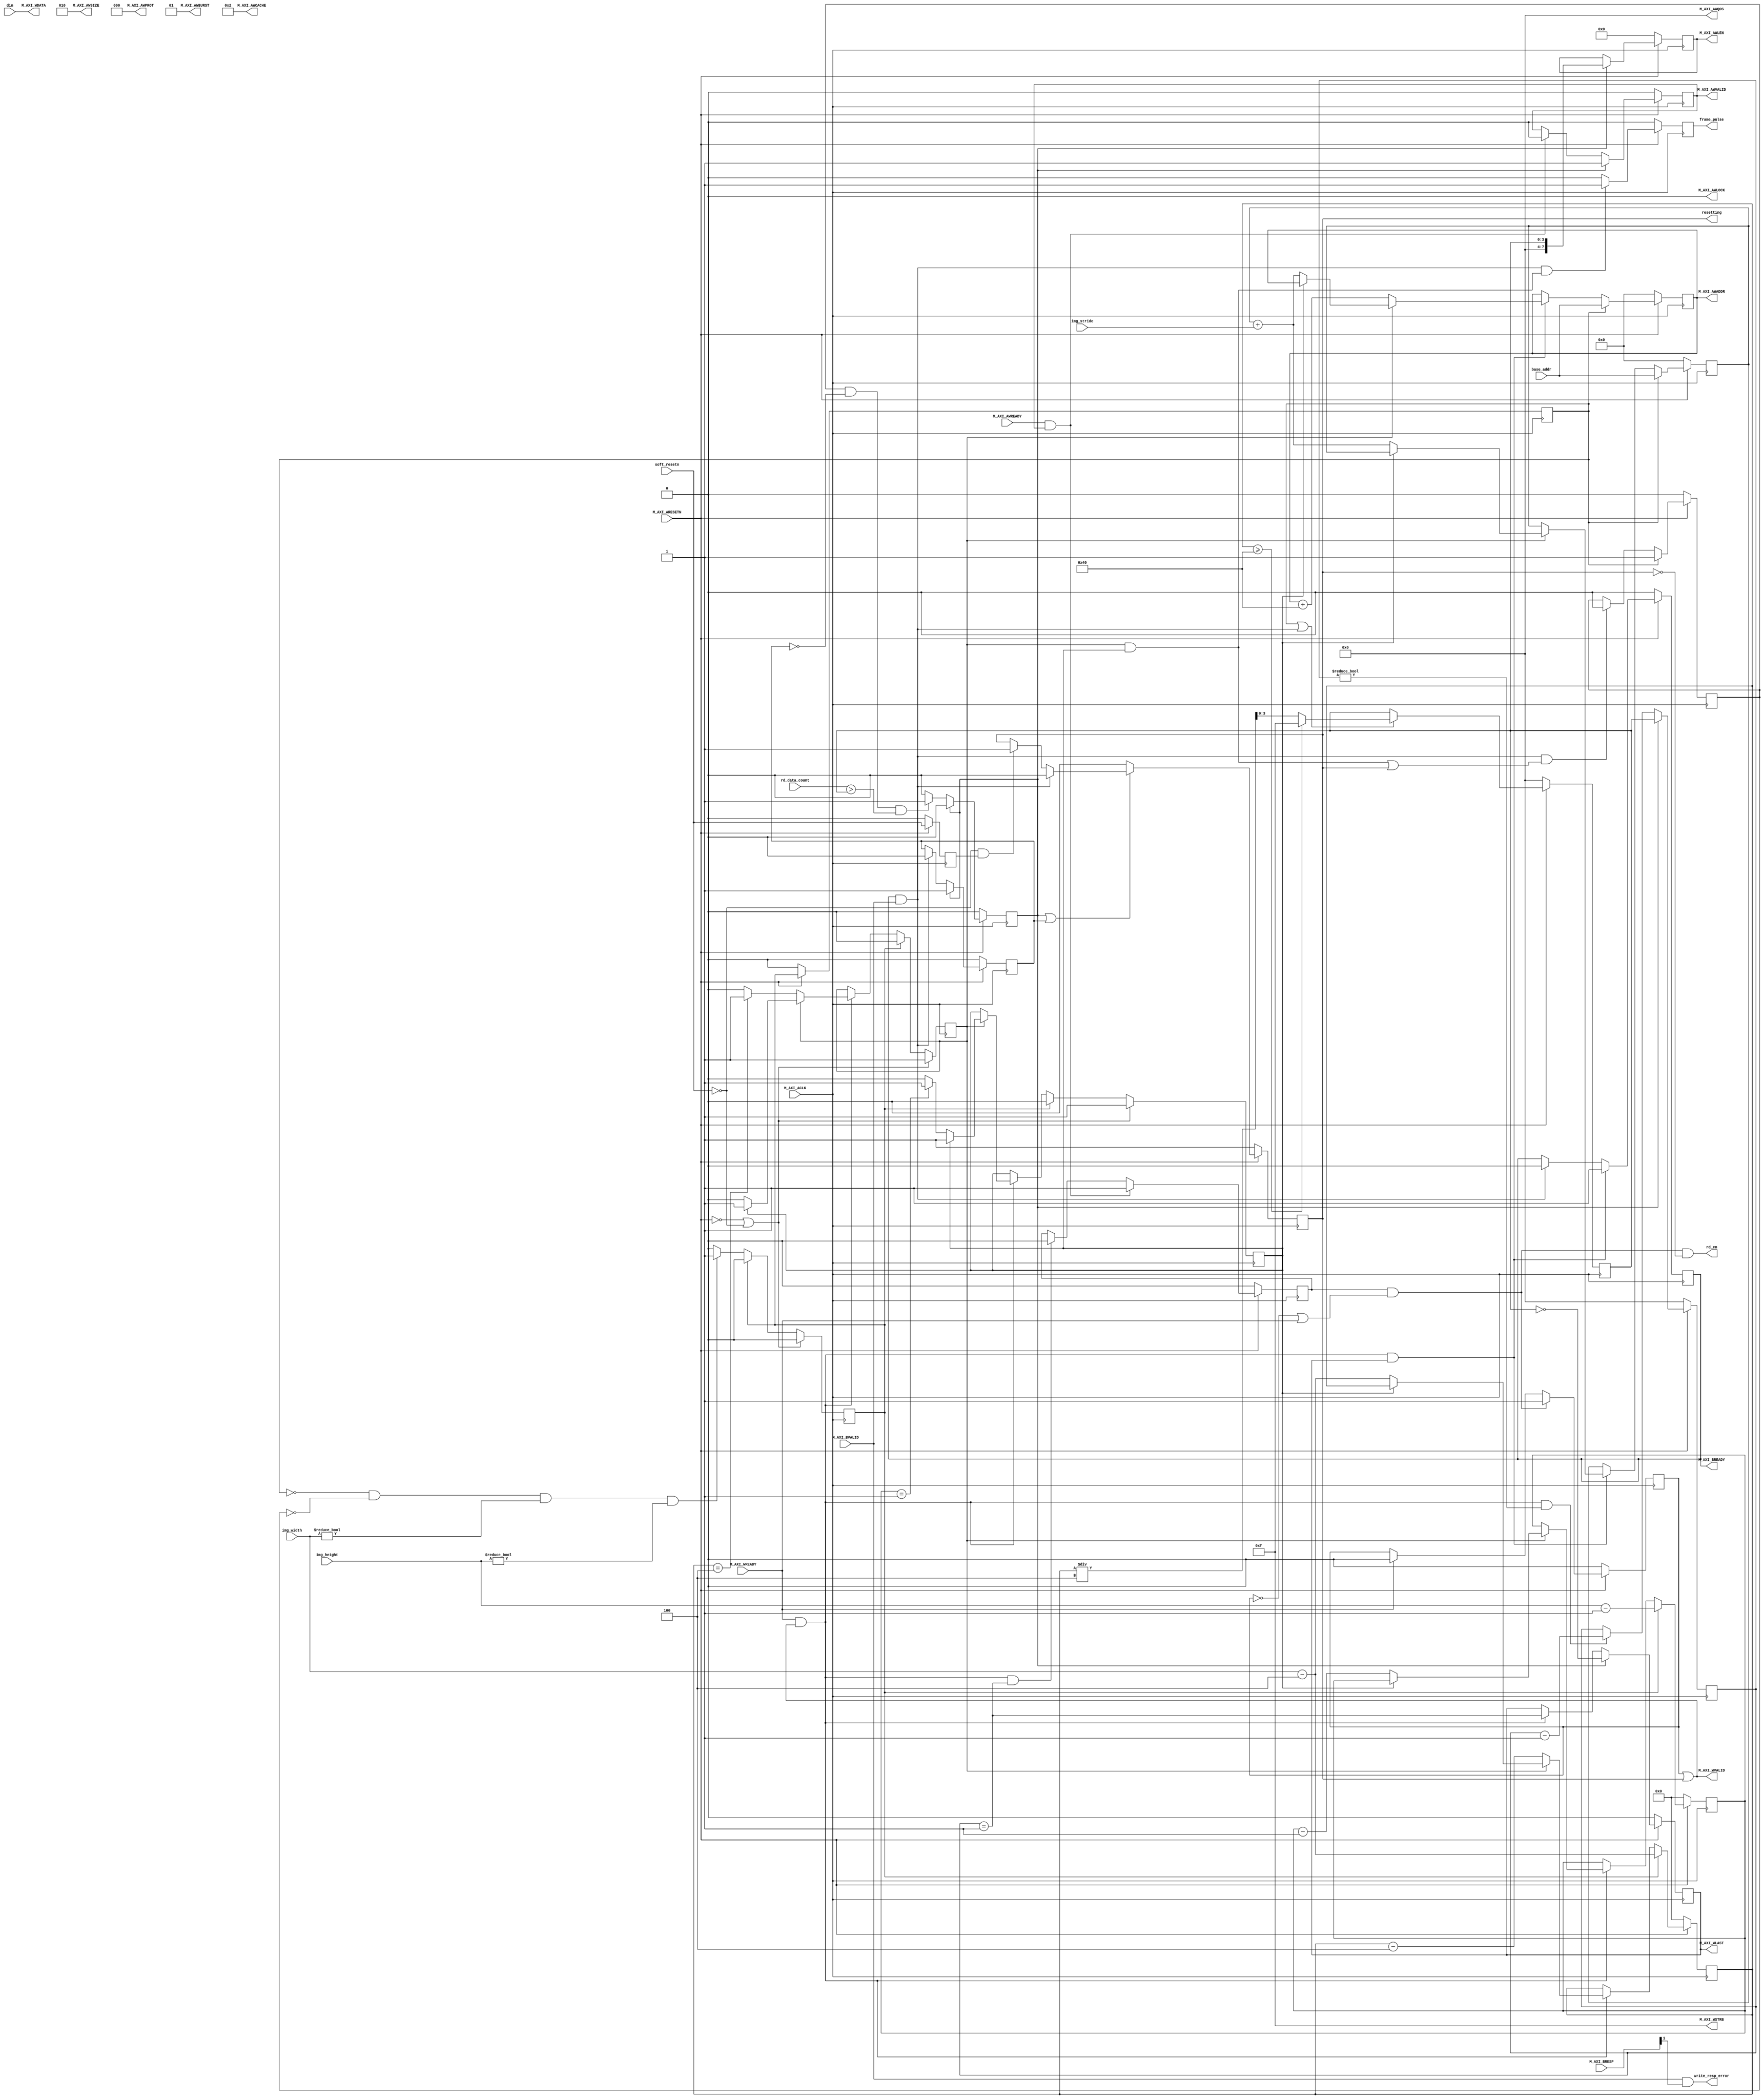
module FIFO2MM_adv #
(
	parameter integer C_DATACOUNT_BITS = 12,
	// Burst Length. Supports 1, 2, 4, 8, 16, 32, 64, 128, 256 burst lengths
	parameter integer C_M_AXI_BURST_LEN	= 16,
	// Width of Address Bus
	parameter integer C_M_AXI_ADDR_WIDTH	= 32,
	// Width of Data Bus
	parameter integer C_M_AXI_DATA_WIDTH	= 32,
	// Image width/height pixel number bits
	parameter integer C_IMG_WBITS = 12,
	parameter integer C_IMG_HBITS = 12,
	parameter integer C_ADATA_PIXELS = 4
)
(
	input wire soft_resetn,
	output wire resetting,
	input wire [C_IMG_WBITS-1:0] img_width,
	input wire [C_IMG_HBITS-1:0] img_height,
	input wire [C_M_AXI_ADDR_WIDTH-1:0] img_stride,
	//input wire sof,
	input wire [C_M_AXI_DATA_WIDTH-1 : 0] din,
	//input wire empty,
	output wire rd_en,
	input wire [C_DATACOUNT_BITS-1:0] rd_data_count,
	output wire frame_pulse,
	input wire [C_M_AXI_ADDR_WIDTH-1 : 0] base_addr,
	input wire  M_AXI_ACLK,
	input wire  M_AXI_ARESETN,
	output wire [C_M_AXI_ADDR_WIDTH-1 : 0] M_AXI_AWADDR,
	output wire [7 : 0] M_AXI_AWLEN,
	output wire [2 : 0] M_AXI_AWSIZE,
	output wire [1 : 0] M_AXI_AWBURST,
	output wire M_AXI_AWLOCK,
	output wire [3 : 0] M_AXI_AWCACHE,
	output wire [2 : 0] M_AXI_AWPROT,
	output wire [3 : 0] M_AXI_AWQOS,
	output wire M_AXI_AWVALID,
	input wire  M_AXI_AWREADY,
	output wire [C_M_AXI_DATA_WIDTH-1 : 0] M_AXI_WDATA,
	output wire [C_M_AXI_DATA_WIDTH/8-1 : 0] M_AXI_WSTRB,
	output wire M_AXI_WLAST,
	output wire M_AXI_WVALID,
	input wire  M_AXI_WREADY,
	input wire [1 : 0] M_AXI_BRESP,
	input wire  M_AXI_BVALID,
	output wire  M_AXI_BREADY,
	output wire write_resp_error
);
	// 1 -> 1, 2 -> 2, 3 -> 2, 4 -> 3
	function integer clogb2 (input integer bit_depth);
	begin
		for(clogb2=0; bit_depth>0; clogb2=clogb2+1)
			bit_depth = bit_depth >> 1;
	end
	endfunction
	// C_TRANSACTIONS_NUM is the width of the index counter for
	// number of write or read transaction.
	localparam integer C_TRANSACTIONS_NUM	= clogb2(C_M_AXI_BURST_LEN-1);
	//Burst size in bytes
	localparam integer C_BURST_SIZE_BYTES	= C_M_AXI_BURST_LEN * C_M_AXI_DATA_WIDTH/8;
	// @note: do not cause bursts across 4K address boundaries.
	reg [C_M_AXI_ADDR_WIDTH-1 : 0] 	axi_awaddr;
	reg [7:0] axi_awlen;
	reg	axi_awvalid;
	reg	axi_wlast;
	reg     axi_bready;
	//write beat count in a burst
	reg [C_TRANSACTIONS_NUM-1 : 0] 	write_index;
	reg	sob_d0;	// start burst pulse
	reg	sob_d1;
	reg	burst_active;
	wire    burst_done;
	wire	wnext;
	reg	need_data;
	reg	r_dvalid;
 	reg [C_IMG_WBITS-1:0] r_img_col_idx;
 	reg [C_IMG_HBITS-1:0] r_img_row_idx;
	reg end_of_col;
	reg end_of_row;
	wire final_data;
	assign final_data = (end_of_col && end_of_row);
	reg [C_TRANSACTIONS_NUM-1:0] next_burst_len;
	assign wnext = M_AXI_WREADY & M_AXI_WVALID;
	assign burst_done = M_AXI_BVALID && M_AXI_BREADY;
	///  resetting
	reg soft_resetn_d1;
	always @ (posedge M_AXI_ACLK) begin
		if (M_AXI_ARESETN == 1'b0) soft_resetn_d1 <= 1'b0;
		else soft_resetn_d1 <= soft_resetn;
	end
	reg r_soft_resetting;
	assign resetting = r_soft_resetting;
	always @ (posedge M_AXI_ACLK) begin
		if (M_AXI_ARESETN == 1'b0)
			r_soft_resetting <= 1'b1;
		else if (~(sob_d0 | burst_active))
			r_soft_resetting <= 1'b0;
		else if (burst_done)
			r_soft_resetting <= 1'b0;
		else if (~soft_resetn && soft_resetn_d1)	/// soft_resetn_negedge
			r_soft_resetting <= 1'b1;
	end
	// I/O Connections assignments
	reg r_frame_pulse;
	assign frame_pulse = r_frame_pulse;
	always @ (posedge M_AXI_ACLK) begin
		if (M_AXI_ARESETN == 0)
			r_frame_pulse <= 1'b0;
		else if (burst_done && final_data)
			r_frame_pulse <= 1'b1;
		else
			r_frame_pulse <= 1'b0;
	end
	wire try_read_en;
	assign try_read_en = need_data && (~r_dvalid | M_AXI_WREADY);
	assign rd_en	   = try_read_en && ~resetting;
	always @(posedge M_AXI_ACLK) begin
		if (M_AXI_ARESETN == 0)
			r_dvalid <= 1'b0;
		else if (try_read_en)
			r_dvalid <= 1'b1;
		else if (M_AXI_WREADY)
			r_dvalid <= 1'b0;
	end
	assign M_AXI_AWADDR	= axi_awaddr;
	assign M_AXI_AWLEN	= axi_awlen;
	assign M_AXI_AWSIZE	= clogb2((C_M_AXI_DATA_WIDTH/8)-1);
	//INCR burst type is usually used, except for keyhole bursts
	assign M_AXI_AWBURST	= 2'b01;
	assign M_AXI_AWLOCK	= 1'b0;
	//write response must be sended by terminal device, i.e. memory or its' controller
	assign M_AXI_AWCACHE	= 4'b0010;
	assign M_AXI_AWPROT	= 3'h0;
	assign M_AXI_AWQOS	= 4'h0;
	assign M_AXI_AWVALID	= axi_awvalid;
	//Write Data(W)
	assign M_AXI_WDATA	= din;
	//All bursts are complete and aligned
	assign M_AXI_WSTRB	= {(C_M_AXI_DATA_WIDTH/8){1'b1}};
	assign M_AXI_WLAST	= axi_wlast;
	assign M_AXI_WVALID	= r_dvalid | r_soft_resetting;
	//Write Response (B)
	assign M_AXI_BREADY	= axi_bready;
	always @ (posedge M_AXI_ACLK) begin
		if (M_AXI_ARESETN == 1'b0)
			axi_bready <= 1'b0;
		else if (wnext && axi_wlast)
			axi_bready <= 1'b1;
		else if (axi_bready && M_AXI_BVALID)
			axi_bready <= 1'b0;
	end
	//--------------------
	//Write Address Channel
	//--------------------
	always @(posedge M_AXI_ACLK) begin
		if (M_AXI_ARESETN == 0)
			axi_awvalid <= 1'b0;
		else if (sob_d0)
			axi_awvalid <= 1'b1;
		else if (M_AXI_AWREADY && axi_awvalid)
			axi_awvalid <= 1'b0;
	end
	always @(posedge M_AXI_ACLK) begin
		if (M_AXI_ARESETN == 0)
			axi_awlen <= 0;
		else if (sob_d0)
			axi_awlen <= next_burst_len;
	end
	reg [C_M_AXI_ADDR_WIDTH-1:0] line_addr;
	always @(posedge M_AXI_ACLK) begin
		if (M_AXI_ARESETN == 0) begin
			line_addr <= 0;
			axi_awaddr <= 0;
		end
		else if (sof_d1) begin
			line_addr <= base_addr;
			axi_awaddr <= base_addr;
		end
		else if (wnext && axi_wlast) begin
			if (~end_of_col) begin
				axi_awaddr <= axi_awaddr + C_M_AXI_BURST_LEN * C_M_AXI_DATA_WIDTH / 8;
			end
			else if (~end_of_row) begin
				line_addr <= line_addr + img_stride;
				axi_awaddr <= line_addr + img_stride;
			end
		end
	end
	//--------------------
	//Write Data Channel
	//--------------------
	always @(posedge M_AXI_ACLK) begin
		if (M_AXI_ARESETN == 0)
			need_data <= 1'b0;
		else if (M_AXI_AWREADY && M_AXI_AWVALID)
			need_data <= 1'b1;
		else if (wnext && (write_index == 1))
			need_data <= 1'b0;
	end
	always @(posedge M_AXI_ACLK) begin
		if (M_AXI_ARESETN == 0)
			axi_wlast <= 1'b0;
		else if (sob_d0)
			axi_wlast <= (next_burst_len == 0);
		else if (wnext)
			axi_wlast <= (write_index == 1);
	end
	always @(posedge M_AXI_ACLK) begin
		if (M_AXI_ARESETN == 1'b0)
			write_index <= 0;
		else if (sob_d0 == 1'b1)
			write_index <= next_burst_len;
		else if (wnext && (write_index != 0))
			write_index <= write_index - 1;
	end
	//----------------------------
	//Write Response (B) Channel
	//----------------------------
	//Interface response error flags
	assign write_resp_error = M_AXI_BVALID & M_AXI_BRESP[1];
	wire sob_all;
	assign sob_all = (sob_d0);
	always @(posedge M_AXI_ACLK) begin
		if (M_AXI_ARESETN == 1'b0)
			sob_d0 <= 1'b0;
		else if (sob_d0)
			sob_d0 <= 1'b0;
		else if (framing && ~burst_active && (rd_data_count > next_burst_len))
			sob_d0 <= 1'b1;
	end
	always @(posedge M_AXI_ACLK) begin
		if (M_AXI_ARESETN == 1'b0)
			burst_active <= 1'b0;
		else if (sob_d0)
			burst_active <= 1'b1;
		else if (burst_done)
			burst_active <= 0;
	end
	// @note next_burst_len is real length - 1
	always @(posedge M_AXI_ACLK) begin
		if (M_AXI_ARESETN == 1'b0) begin
			next_burst_len <= 0;
		end
		else if (sof_d1 || burst_done) begin
			if (r_img_col_idx >= C_M_AXI_BURST_LEN * C_ADATA_PIXELS)
				next_burst_len <= C_M_AXI_BURST_LEN - 1;
			else
				next_burst_len <= r_img_col_idx / C_ADATA_PIXELS;
		end
	end
	always @(posedge M_AXI_ACLK) begin
		if (M_AXI_ARESETN == 1'b0) begin
			r_img_col_idx <= 0;
			r_img_row_idx <= 0;
		end
		else if (start_of_frame) begin
			r_img_col_idx <= img_width - C_ADATA_PIXELS;
			r_img_row_idx <= img_height - 1;
		end
		else if (wnext) begin
			if (~end_of_col) begin
				r_img_col_idx <= r_img_col_idx - C_ADATA_PIXELS;
			end
			else if (~end_of_row) begin
				r_img_col_idx <= img_width - C_ADATA_PIXELS;
				r_img_row_idx <= r_img_row_idx - 1;
			end
		end
	end
	// @note img must > 2x2
	always @(posedge M_AXI_ACLK) begin
		if (M_AXI_ARESETN == 1'b0 || soft_resetn == 1'b0) begin
			end_of_col <= 1;
			end_of_row <= 1;
		end
		else if (start_of_frame) begin
			end_of_col <= 0;
			end_of_row <= 0;
		end
		else if (wnext) begin
			if (~end_of_col) begin
				if (r_img_col_idx == C_ADATA_PIXELS) begin
					end_of_col <= 1;
				end
			end
			else if (~end_of_row) begin
				end_of_col <= 0;
				if (r_img_row_idx == 1) begin
					end_of_row <= 1;
				end
			end
		end
	end
	// @note new start
	reg start_of_frame;
	reg framing;
	always @ (posedge M_AXI_ACLK) begin
		if (M_AXI_ARESETN == 1'b0 || soft_resetn == 1'b0) begin
			start_of_frame <= 0;
		end
		else if (start_of_frame) begin
			start_of_frame <= 0;
		end
		else if (~sof_d1 && ~framing && img_width != 0 && img_height != 0) begin
			start_of_frame <= 1'b1;
		end
	end
	always @ (posedge M_AXI_ACLK) begin
		if (M_AXI_ARESETN == 1'b0) begin
			framing <= 0;
		end
		else if (sof_d1) begin
			framing <= 1'b1;
		end
		else if (burst_done && (final_data || resetting)) begin
			framing <= 1'b0;
		end
	end
	reg sof_d1;
	always @ (posedge M_AXI_ACLK) begin
		if (M_AXI_ARESETN == 1'b0)
			sof_d1 <= 0;
		else
			sof_d1 <= start_of_frame;
	end
endmodule